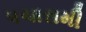
પચાસમી